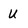
Character: U